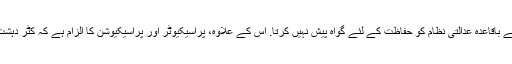
سیاسی جماعتوں نے فوجی عدالتوں کی حمایت کی ہے، اس لئے کہ پاکستان کے باقاعدہ عدالتی نظام کو حفاظت کے لئے گواہ پیش نہیں کرتا. اس کے علاوہ، پراسیکیوٹر اور پراسیکیوشن کا الزام ہے کہ کٹر دہشت گردوں نے موت کی دھمکیوں کی شکایت کی ہے، یا وہ حملہ کر چکے ہیں۔